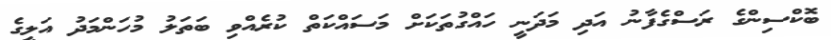
ބޮކްސިންގެ ރަސްގެފާނު އަދި މަދަނީ ހައްގުތަކަށް މަސައްކަތް ކުރެއްވި ބަތަލު މުހަންމަދު އަލީގެ